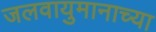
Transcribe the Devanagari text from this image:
जलवायुमानाच्या